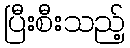
ပြီးစီးသည့်